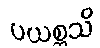
ပယစ္ဆသိ